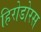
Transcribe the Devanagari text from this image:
हिरोडोरस